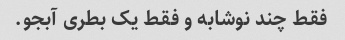
فقط چند نوشابه و فقط یک بطری آبجو.